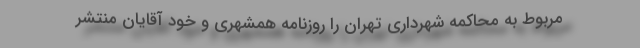
مربوط به محاکمه شهرداری تهران را روزنامه همشهری و خود آقایان منتشر